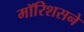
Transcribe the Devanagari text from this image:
मॉरिशसने